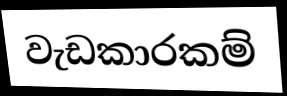
වැඩකාරකම්